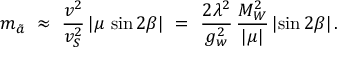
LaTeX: m _ { \tilde { a } } \ \approx \ \frac { v ^ { 2 } } { v _ { S } ^ { 2 } } \, | \mu \, \sin 2 \beta | \ = \ \frac { 2 \lambda ^ { 2 } } { g _ { w } ^ { 2 } } \, \frac { M _ { W } ^ { 2 } } { | \mu | } \, | \! \sin 2 \beta | \, .